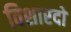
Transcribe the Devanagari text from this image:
विशारदो